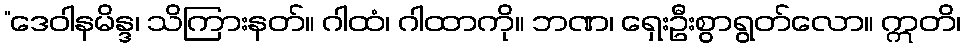
“ဒေဝါနမိန္ဒ၊ သိကြားနတ်။ ဂါထံ၊ ဂါထာကို။ ဘဏ၊ ရှေးဦးစွာရွတ်လော။ ဣတိ၊